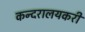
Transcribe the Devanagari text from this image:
कन्दरालयकरी